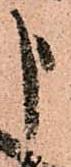
申